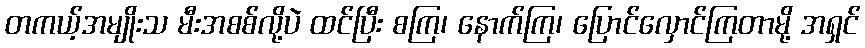
တကယ့်အမျိုးသ မီးအစစ်လို့ပဲ ထင်ပြီး စကြ၊ နောက်ကြ၊ ပြောင်လှောင်ကြတာမို့ အရှင်